Report on vaccination in Madras 1922-1929 - 1922-1929
Year: 1922
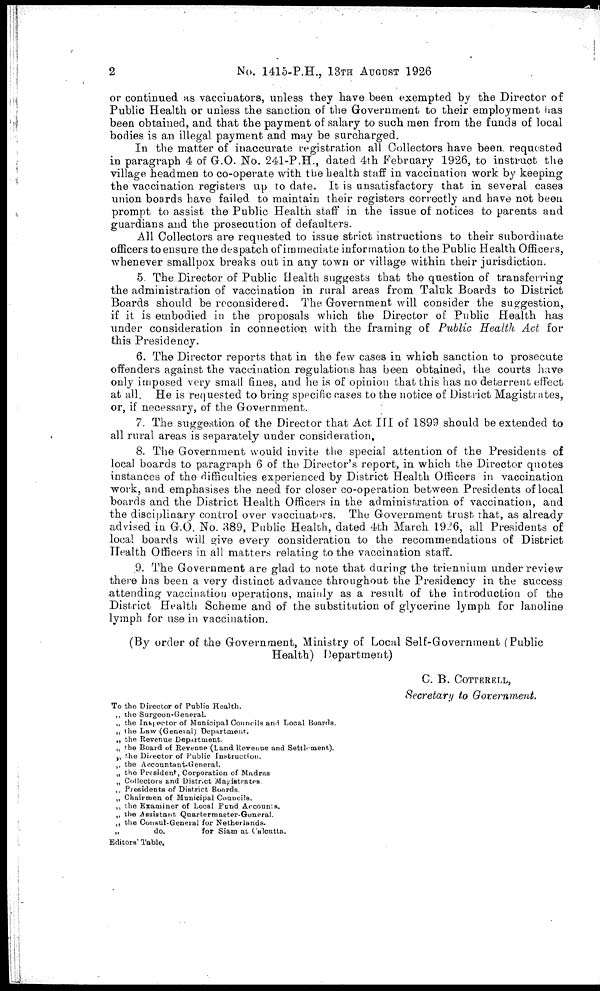
2
No. 1415-P.H., 13TH AUGUST 1926
or continued as vaccinators, unless they have been exempted by the Director of
Public Health or unless the sanction of the Government to their employment has
been obtained, and that the payment of salary to such men from the funds of local
bodies is an illegal payment and may be surcharged.
In the matter of inaccurate registration all Collectors have been, requested
in paragraph 4 of G.O. No. 241-P.H., dated 4th February 1926, to instruct the
village headmen to co-operate with the health staff in vaccination work by keeping
the vaccination registers up to date. It is unsatisfactory that in several cases
union boards have failed to maintain their registers correctly and have not been
prompt to assist the Public Health staff in the issue of notices to parents and
guardians and the prosecution of defaulters.
All Collectors are requested to issue strict instructions to their subordinate
officers to ensure the despatch of immediate information to the Public Health Officers,
whenever smallpox breaks out in any town or village within their jurisdiction.
5. The Director of Public Health suggests that the question of transferring
the administration of vaccination in rural areas from Taluk Boards to District
Boards should be reconsidered. The Government will consider the suggestion,
if it is embodied in the proposals which the Director of Public Health has
under consideration in connection with the framing of Public Health Act for
this Presidency.
6. The Director reports that in the few cases in which sanction to prosecute
offenders against the vaccination regulations has been obtained, the courts have
only imposed very small fines, and he is of opinion that this has no deterrent effect
at all. He is requested to bring specific eases to the notice of District Magistrates,
or, if necessary, of the Government.
7. The suggestion of the Director that Act III of 1899 should be extended to
all rural areas is separately under consideration.
8. The Government would invite the special attention of the Presidents of
local boards to paragraph 6 of the Director's report, in which the Director quotes
instances of the difficulties experienced by District Health Officers in vaccination
work, and emphasises the need for closer co-operation between Presidents of local
boards and the District Health Officers in the administration of vaccination, and
the disciplinary control over vaccinators. The Government trust that, as already
advised in G.O. No. 389, Public Health, dated 4th March 1926, all Presidents of
local boards will give every consideration to the recommendations of District
Health Officers in all matters relating to the vaccination staff.
9. The Government are glad to note that during the triennium under review
there has been a very distinct advance throughout the Presidency in the success
attending vaccination operations, mainly as a result of the introduction of the
District Health Scheme and of the substitution of glycerine lymph for lanoline
lymph for use in vaccination.
(By order of the Government, Ministry of Local Self-Government (Public
Health) Department)
C. B. COTTERELL,
Secretary to Government.
To the Director of Public Health.
„ the Surgeon-General.
„ the Inspector of Municipal Councils and Local Boards.
„ the Law (General) Department.
„ the Revenue Department.
„ the Board of Revenue (Land Revenue and Settlement).
„ the Director of Public Instruction.
„ the Accountant-General.
„ the President, Corporation of Madras
„ Collectors and District Magistrates
„ Presidents of District Boards.
„ Chairmen of Municipal Councils.
„ the Examiner of Local Fond Accounts.
„ the Assistant Qnartermaeter-General.
„ the Consul-General for Netherlands.
„
do.
for Siam at Calcutta.
Editors' Table.